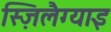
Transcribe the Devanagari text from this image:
स्ज़िलैग्याइ